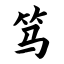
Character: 笃